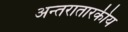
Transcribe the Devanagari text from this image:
अन्तरातारकीय